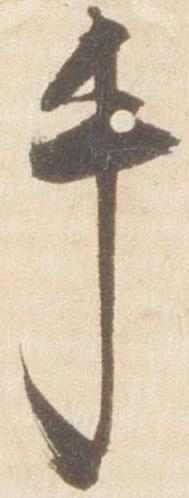
手